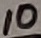
Text: 10